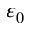
\varepsilon _ { 0 }